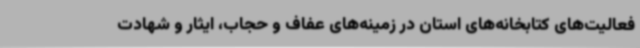
فعالیت‌های کتابخانه‌های استان در زمینه‌های عفاف و حجاب، ایثار و شهادت